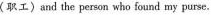
(职工)and the person who found my purse.